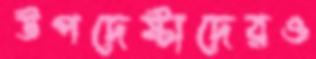
উপদেষ্টাদেরও